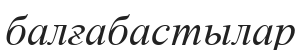
балғабастылар